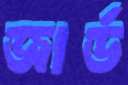
জার্ড